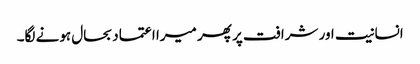
انسانیت اور شرافت پر پھر میرا اعتماد بحال ہونے لگا۔